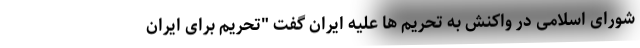
شورای اسلامی در واکنش به تحریم ها علیه ایران گفت "تحریم برای ایران